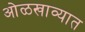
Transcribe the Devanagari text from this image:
ओळखाव्यात